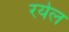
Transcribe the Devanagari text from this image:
रयेल